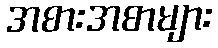
အစားအစာများ